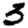
Digit: 3